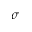
\sigma